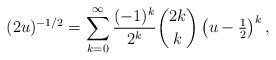
LaTeX: \begin{align*}(2u)^{ - 1/2}=\sum\limits_{k=0}^\infty \frac{(-1)^k}{2^k}\binom{2k}{k}\left(u-\tfrac{1}{2}\right)^k,\end{align*}